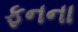
ફનના